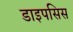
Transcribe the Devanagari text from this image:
डाइपसिस